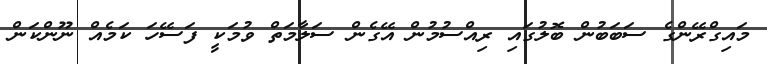
މައިގްރޭންގެ ސަބަބުން ބޮލުގައި ރިއްސުމުން އޭގެން ސަލާމަތް ވުމަކީ ފަސޭހަ ކަމެއް ނޫންކަން